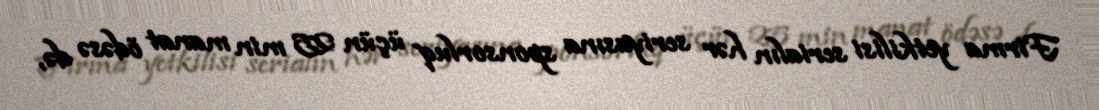
Firma yetkilisi serialın hər seriyasına sponsorluq üçün 25 min manat ödəsə də,